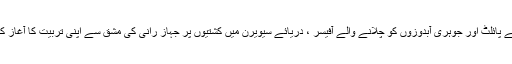
مستقبل کے پائلٹ اور جوہری آبدوزوں کو چلانے والے آفیسر ، دریائے سیویرن میں کشتیوں پر جہاز رانی کی مشق سے اپنی تربیت کا آغاز کرتے ہیں۔